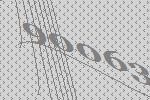
90063